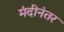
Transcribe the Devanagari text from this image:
मंदीनंतर